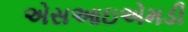
એસઆઇએમડી